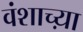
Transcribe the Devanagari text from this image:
वंशाच्य़ा